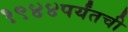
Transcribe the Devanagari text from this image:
१९४४पर्यंतची